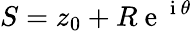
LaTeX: S=z_{0}+R\mathrm{~e~}^{\mathrm{~i~}\theta}